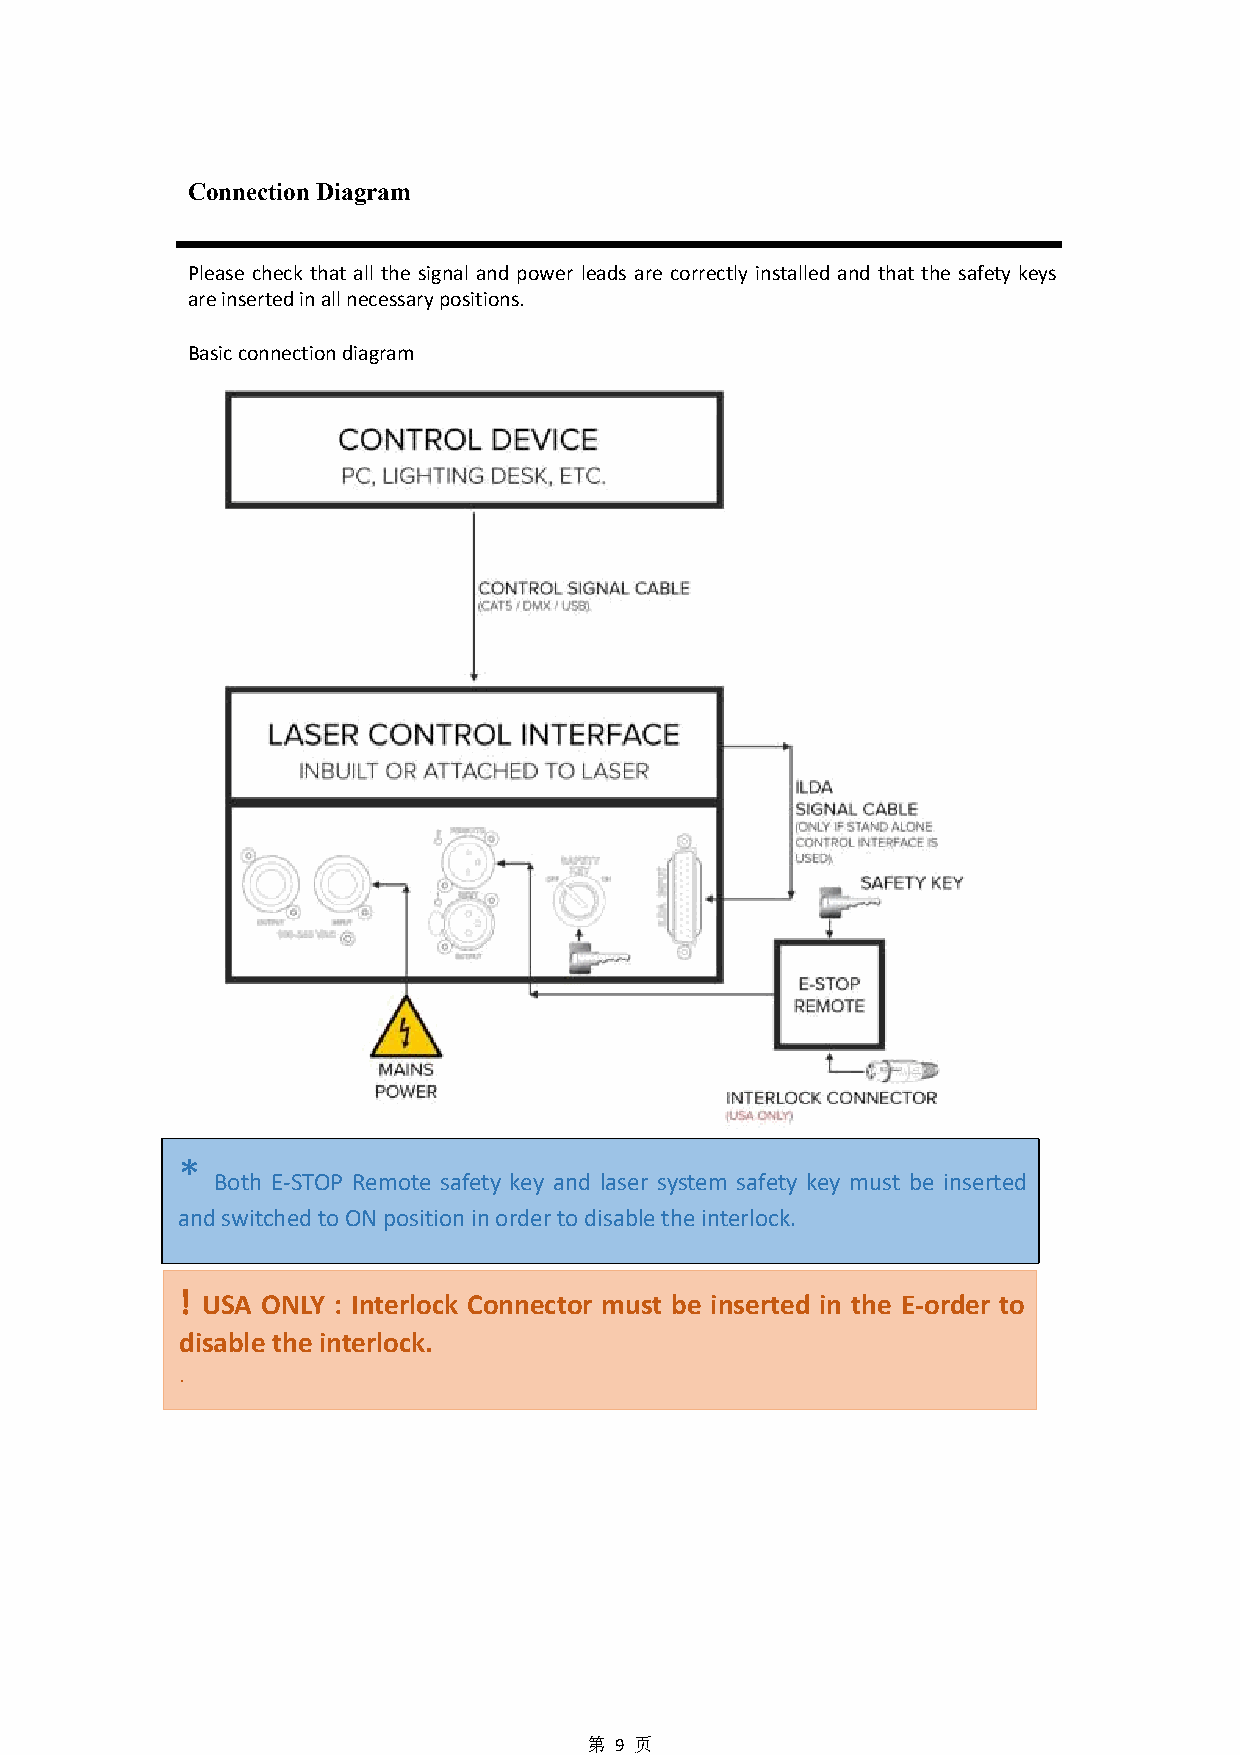
Connection Diagram
 Please check that all the signal and power leads are correctly installed and that the safety keys
 areinsertedinallnecessarypositions.
 Basicconnectiondiagram
 *
 Both E-STOP Remote safety key and laser system safety key must be inserted
 andswitchedtoONpositioninordertodisabletheinterlock.
 ! USA ONLY : Interlock Connector must be inserted in the E-order to
 disable the interlock.
 .
 第 9 页